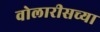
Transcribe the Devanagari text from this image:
वोलारीसच्या